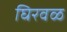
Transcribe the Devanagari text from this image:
घिरवळ